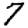
Digit: 7